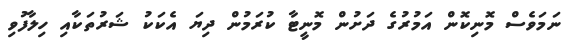
ނަމަވެސް މޮނިކޮން އަމުރުގެ ދަށުން މޮނީޓާ ކުރަމުން ދިޔަ އެކަކު ޝަރުތަކާއި ހިލާފުވި